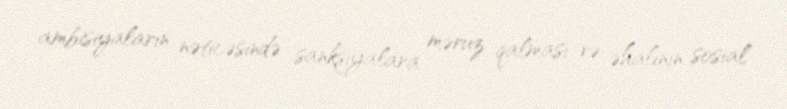
ambisiyaların nəticəsində sanksiyalara məruz qalması və əhalinin sosial